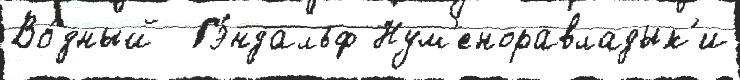
Во́дный  Гэ́ндальф Нум'еноравладык'и